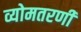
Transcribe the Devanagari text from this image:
व्योमतरणी